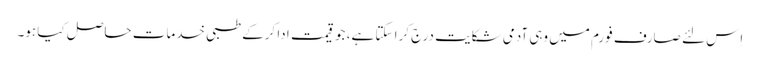
اِس لئے صارف فورم میں وہی آدمی شکایت درج کرا سکتا ہے، جو قیمت ادا کرکے طبی خدمات حاصل کیا ہو۔